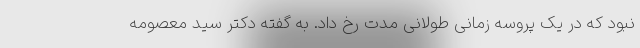
نبود که در یک پروسه زمانی طولانی مدت رخ داد. به گفته دکتر سید معصومه